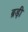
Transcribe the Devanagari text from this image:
ब़ड़ी